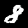
Label: 8